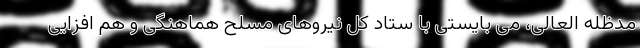
مدظله العالی، می بایستی با ستاد کل نیروهای مسلح هماهنگی و هم افزایی